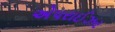
એપરાઈઝર